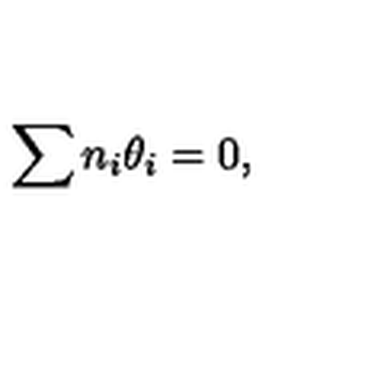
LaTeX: \sum n _ { i } \theta _ { i } = 0 ,